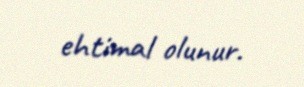
ehtimal olunur.